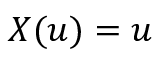
X ( u ) = u